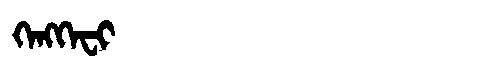
Manchu: ᡴᡝᠩᡴᡝᠸᡳ
Romanization: KENGKEFI